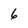
Character: 6